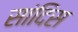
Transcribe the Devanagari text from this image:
सांदिस